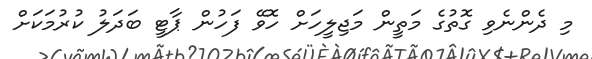
މި ދެންނެވި ގޮތުގެ މަތީން މަޖިލީހަށް ހޮވޭ ފަހުން ޕާޓީ ބަދަލު ކުރުމަކަށް